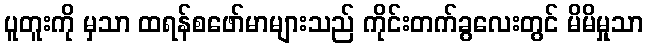
ပူတူးကို မှသာ ထရန်စဖော်မာများသည် ကိုင်းတက်ခွလေးတွင် မိမိမှုသာ